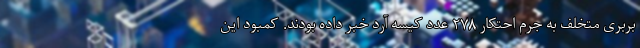
بربری متخلف به جرم احتکار ۲۷۸ عدد کیسه آرد خبر داده بودند. کمبود این